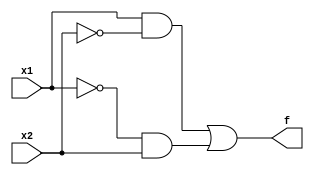
// Codigo para controlador de laser
module light(
	//Entradas
	input x1,x2,
	//Salida
	output f
);
// logica para mandar un pulso de salida (F = x1 XOR x2)
assign f = (x1 && (!x2)) || ((!x1)&& x2);
endmodule